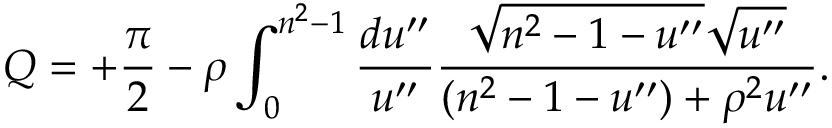
Q = + { \frac { \pi } { 2 } } - \rho \int _ { 0 } ^ { n ^ { 2 } - 1 } { \frac { d u ^ { \prime \prime } } { u ^ { \prime \prime } } } { \frac { \sqrt { n ^ { 2 } - 1 - u ^ { \prime \prime } } \sqrt { u ^ { \prime \prime } } } { ( n ^ { 2 } - 1 - u ^ { \prime \prime } ) + \rho ^ { 2 } u ^ { \prime \prime } } } .